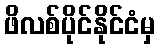
ဖိလစ်ပိုင်နိုင်ငံမှ